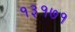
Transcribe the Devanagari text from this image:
१३१७१